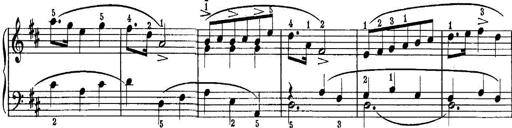
Title: Piano Sonatina No.1 in C major
Composer: Tadeusz Joteyko
Key: C major